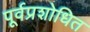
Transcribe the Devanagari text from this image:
पूर्वप्रशोधित